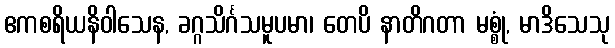
ဧကစရိယနိဝါသေန, ခဂ္ဂသိင်္ဂသမူပမာ၊ တေပိ နာတိဂတာ မစ္စုံ, မာဒိသေသု